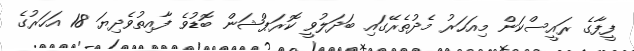
ފީފާގެ ރައީސްކަން މިއަހަރު މެދުތެރޭގައި ބަދަލުވީ ކޮރަޕްޝަން ބޮޑުވެ ފާއިތުވެދިޔަ 18 އަހަރުގެ